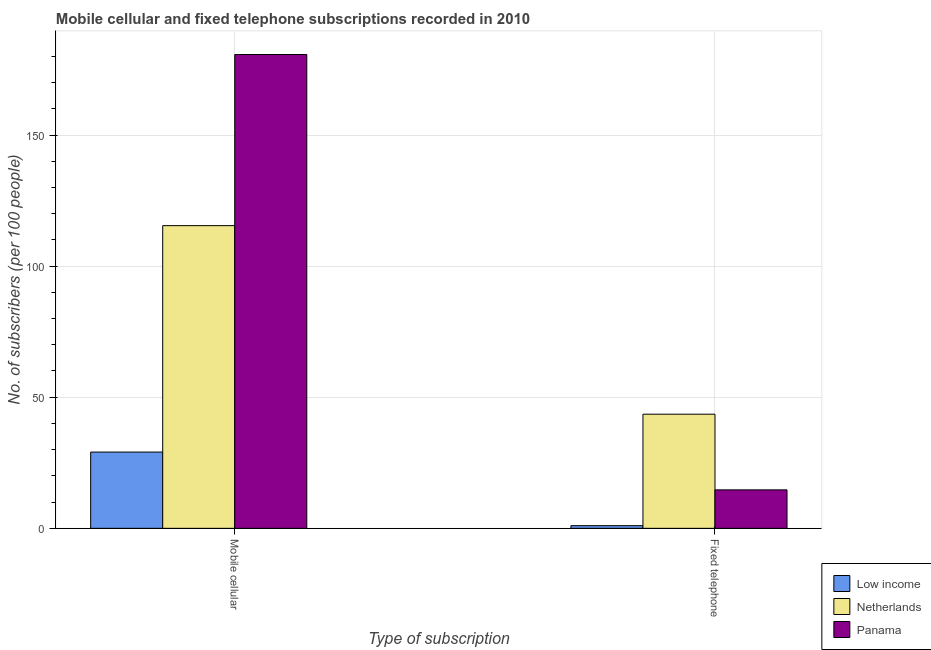
| Type of subscription | Low income | Netherlands | Panama |
 | --- | --- | --- | --- |
 | Mobile cellular | 29.1 | 115 | 181 |
 | Fixed telephone | 1.01 | 43.5 | 14.7 |